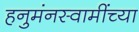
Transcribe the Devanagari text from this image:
हनुमंनस्वामींच्या